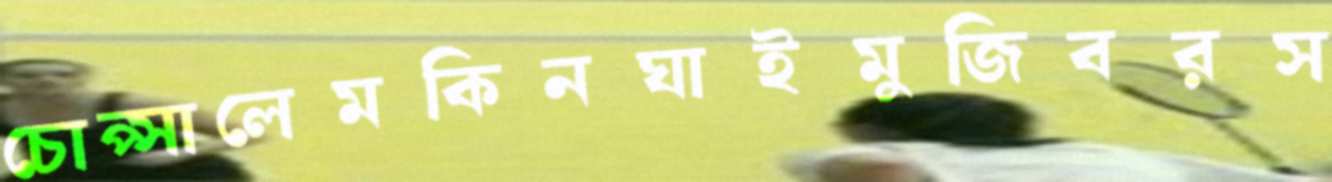
চোপ্‌সালেমকিনঘাইমুজিবরস